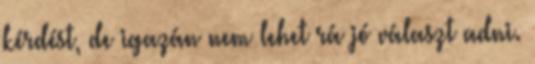
kérdést, de igazán nem lehet rá jó választ adni.